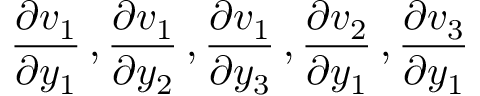
\frac { \partial v _ { 1 } } { \partial y _ { 1 } } \, , \frac { \partial v _ { 1 } } { \partial y _ { 2 } } \, , \frac { \partial v _ { 1 } } { \partial y _ { 3 } } \, , \frac { \partial v _ { 2 } } { \partial y _ { 1 } } \, , \frac { \partial v _ { 3 } } { \partial y _ { 1 } }